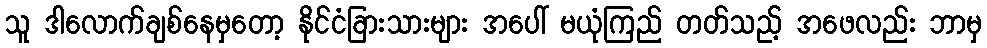
သူ ဒါလောက်ချစ်နေမှတော့ နိုင်ငံခြားသားများ အပေါ် မယုံကြည် တတ်သည့် အဖေလည်း ဘာမှ